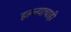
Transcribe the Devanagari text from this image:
हल्ल्याचाही